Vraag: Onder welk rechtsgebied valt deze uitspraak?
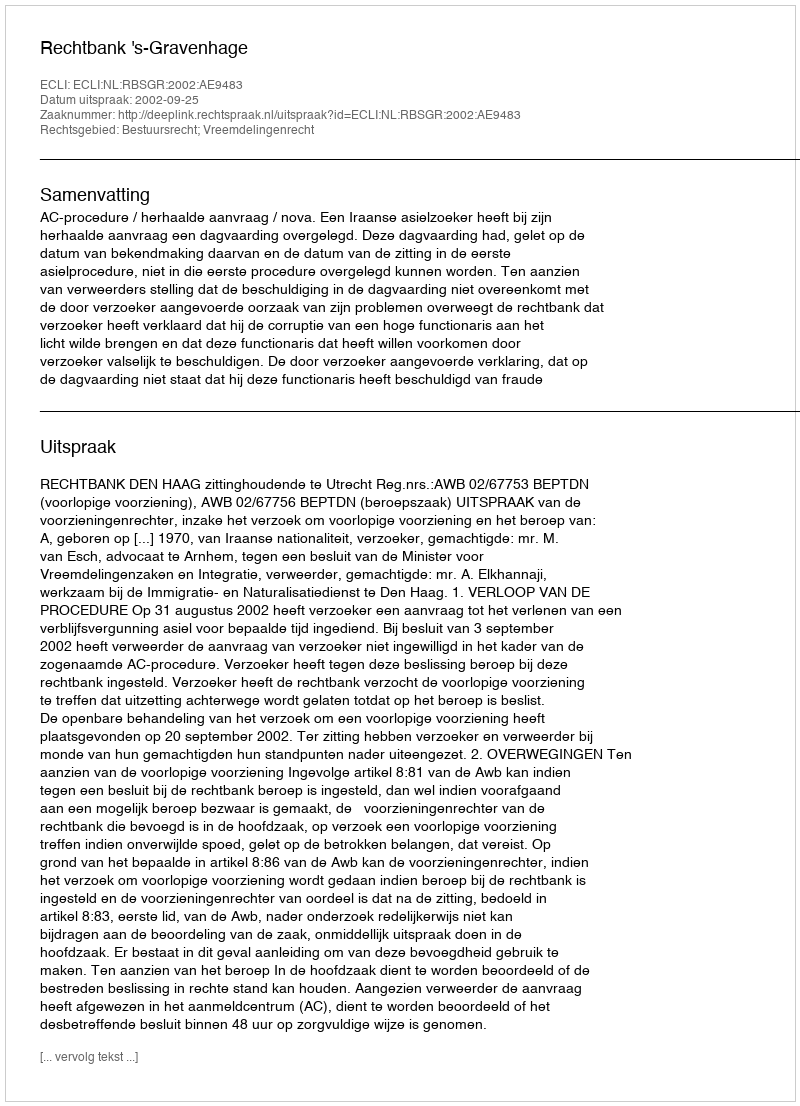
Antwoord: Bestuursrecht; Vreemdelingenrecht